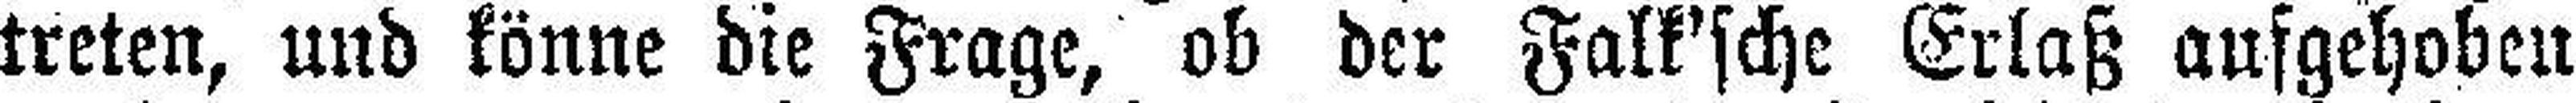
treten, und könne die Frage, ob der Falk'sche Erlaß aufgehoben